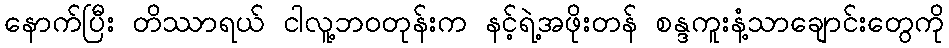
နောက်ပြီး တိဿာရယ် ငါလူ့ဘဝတုန်းက နင့်ရဲ့အဖိုးတန် စန္ဒကူးနံ့သာချောင်းတွေကို